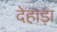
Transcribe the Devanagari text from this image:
देहाड़ा